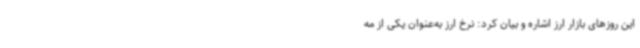
این روزهای بازار ارز اشاره و بیان کرد: نرخ ارز به‌عنوان یکی از مه